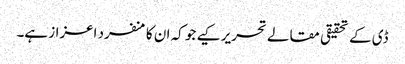
ڈی کے تحقیقی مقالے تحریر کیے جو کہ ان کا منفرد اعزاز ہے۔